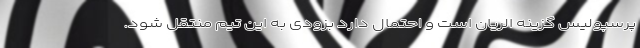
پرسپولیس گزینه الریان است و احتمال دارد بزودی به این تیم منتقل شود.